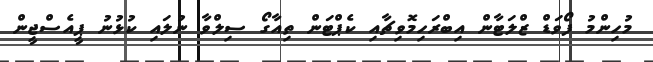
މުހިންމު ފޯވަޑް ޒްލަޓާން އިބްރަހިމޮވިޗާއި ކެޕްޓަން ތިއާގޯ ސިލްވާ ނުލައި ކުޅުނު ޕީއެސްޖީން